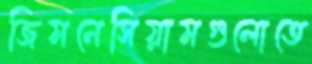
জিমনেসিয়ামগুলোতে